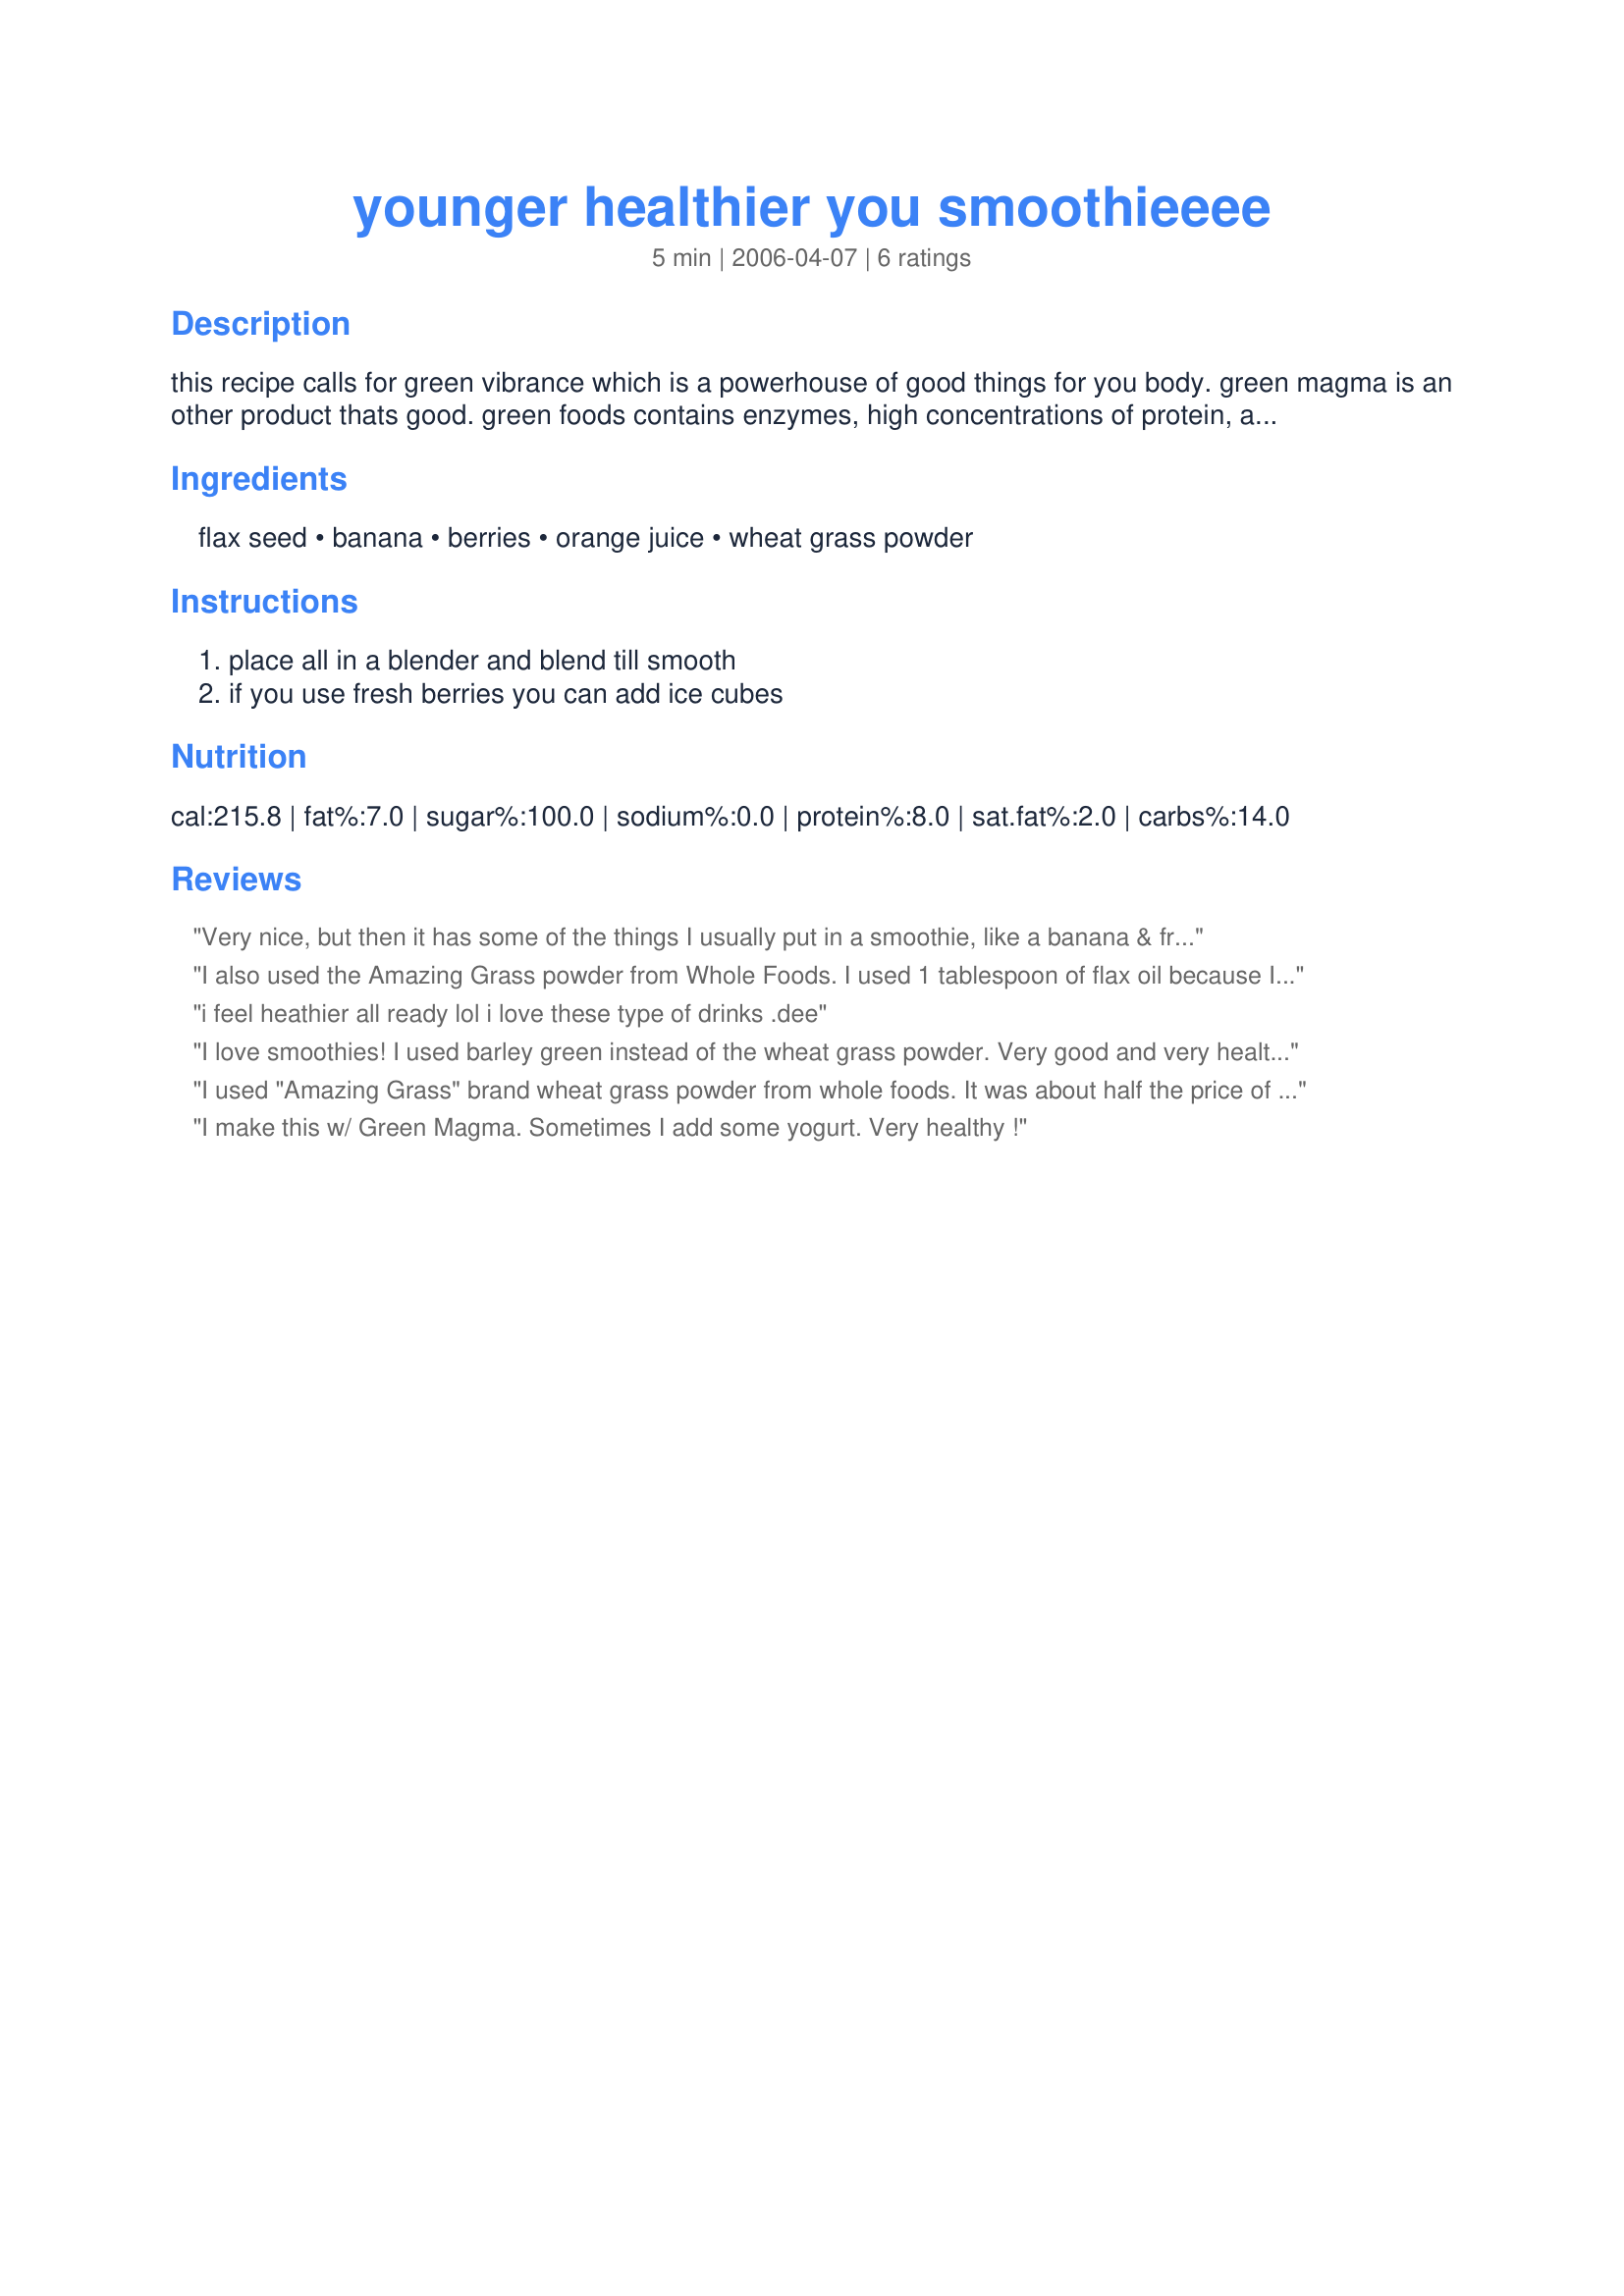
younger healthier you smoothieeee
Preparation time: 5 minutes

this recipe calls for green vibrance which is a powerhouse of good things for you body. green magma is an other product thats good.
green foods contains enzymes, high concentrations of protein, antioxidants including carotenes, vitamin c and iron. they are also abundant in trace minerals. trace minerals are believed to enhance the immune system. containing some or all of the following wheatgrass, chlorophyll, blue-green algae, spirulina, chlorella, dulse, kelp, spinach, alfalfa, barley grass, wheatgrass barley and other green foods. great for on the run. make and take this quick breakfast on the road!

Ingredients:
flax seed, banana, berries, orange juice, wheat grass powder

Steps:
place all in a blender and blend till smooth, if you use fresh berries you can add ice cubes

Reviews:
Very nice, but then it has some of the things I usually put in a smoothie, like a banana & frozen berries! The flax seed & the wheat grass powder were not hard to find, either, so this recipe went together extremely well for me! An enjoyable drink, but then I;d expect that from you, Rita ~ Now I just have to watch myself in the mirror to see just hos younger & healthier I get! Thanks for the keeper! [Tagged, made & reviewed for one of my raw food teammates in the Vegetarian/Vegan Recipe Swap II]
I also used the Amazing Grass powder from Whole Foods. I used 1 tablespoon of flax oil because I did not have any flax seeds. Don't let the color fool you, this really is tasty! And healthy!!!
Thanks Rita!
 i feel heathier all ready lol i love these type of drinks .dee
I love smoothies! I used barley green instead of the wheat grass powder. Very good and very healthy! Thanks Rita! Made for the Vegetarian Swap#3.
I used "Amazing Grass" brand wheat grass powder from whole foods. It was about half the price of "Green
Vibrance". I put the flax seeds in the blender first and hit "grind" for about a minute then added the rest. It looks weird but I love this stuff and it is sooooo healthy. Thanks Rita!
I make this w/ Green Magma. Sometimes I add some yogurt.
Very healthy !
